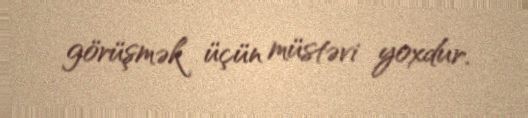
görüşmək üçün müstəvi yoxdur.